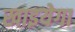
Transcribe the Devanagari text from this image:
खाइयेगा